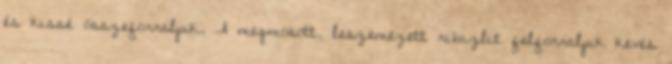
és kissé összeforraljuk. A megmosott, leszemezett ribizlit felforraljuk kevés